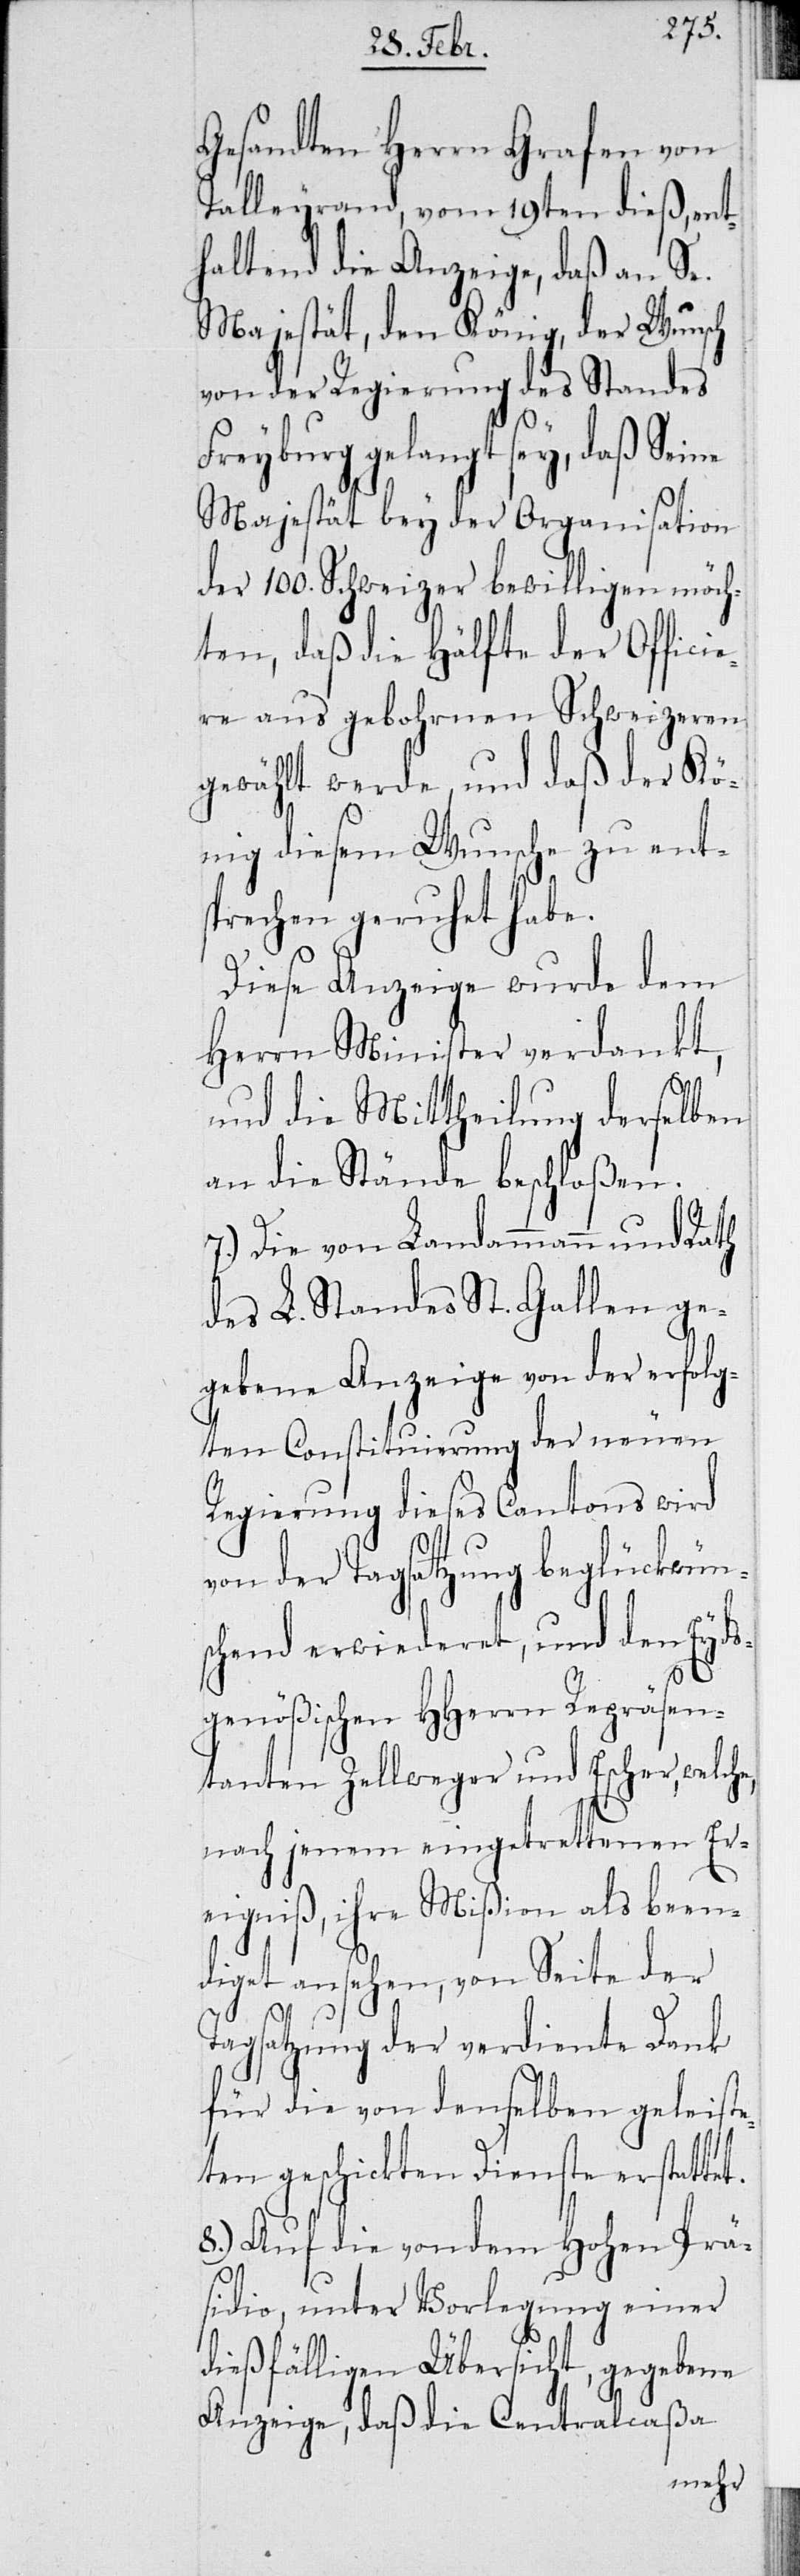
Gesandten HHerrn Grafen von
Talleyrand, vom 19ten dieß, ent¬
haltend die Anzeige, daß an Se.
unsch
Majestät, den König, der
von der Regierung des Standes
reyburg gelangt sey, daß Seine
Majestät bey der Organ¬
tion
der 100. Schweizer bewilli¬
möch¬
fici¬
ten, daß die Hälfte der
zeren
ere aus gebohrnen Sch¬
gewählt werde, und daß der Kö¬
nig diesem Wunsche zu ent¬
sprechen geruht habe.
Diese Anzeige wurde dem
Herrn Minister verdankt,
und die Mittheilung derselben
an die Stände beschloßen.
7.) Die von Landammann und Rath
des L. Standes St. Gallen ge¬
gebene Anzeige von der erfolg¬
ten Constituierung der neuen
Regierung dieses Cantons wird
von der Tagsatzung beglückwüns¬
chend erwiederet, und den Eyds¬
genößischen HHerren Repräsen¬
tanten Zellweger und Escher, welch¬
nach jenem eingetrettenen Er¬
eigniß, ihre Mißion als been¬
en
diget ansehen, von Seit¬
Tagsatzung der verdiente Dank
für die von denselben geleiste¬
ten geschickten Dienste erstattet.
8.) Auf die von dem Hohen
Prä¬
sidio, unter Vorlegung einer
Übersicht, gegebene
dießfällig¬
isa¬
Anzeige, daß die
W¬